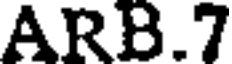
ARB.7